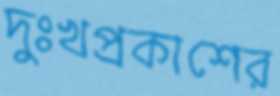
দুঃখপ্রকাশের